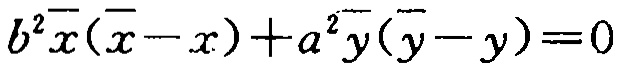
\(b^{2}\overline{x}(\overline{x}-x)+a^{2}\overline{y}(\overline{y}-y)=0\)